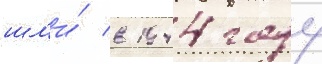
шл'и́ в 1944 году